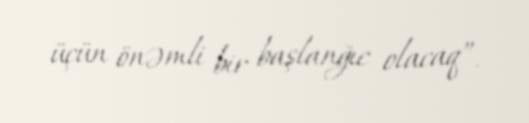
üçün önəmli bir başlanğıc olacaq”.